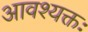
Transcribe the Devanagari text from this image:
आवश्यक्तः